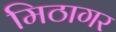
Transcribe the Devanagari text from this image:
मिठागर